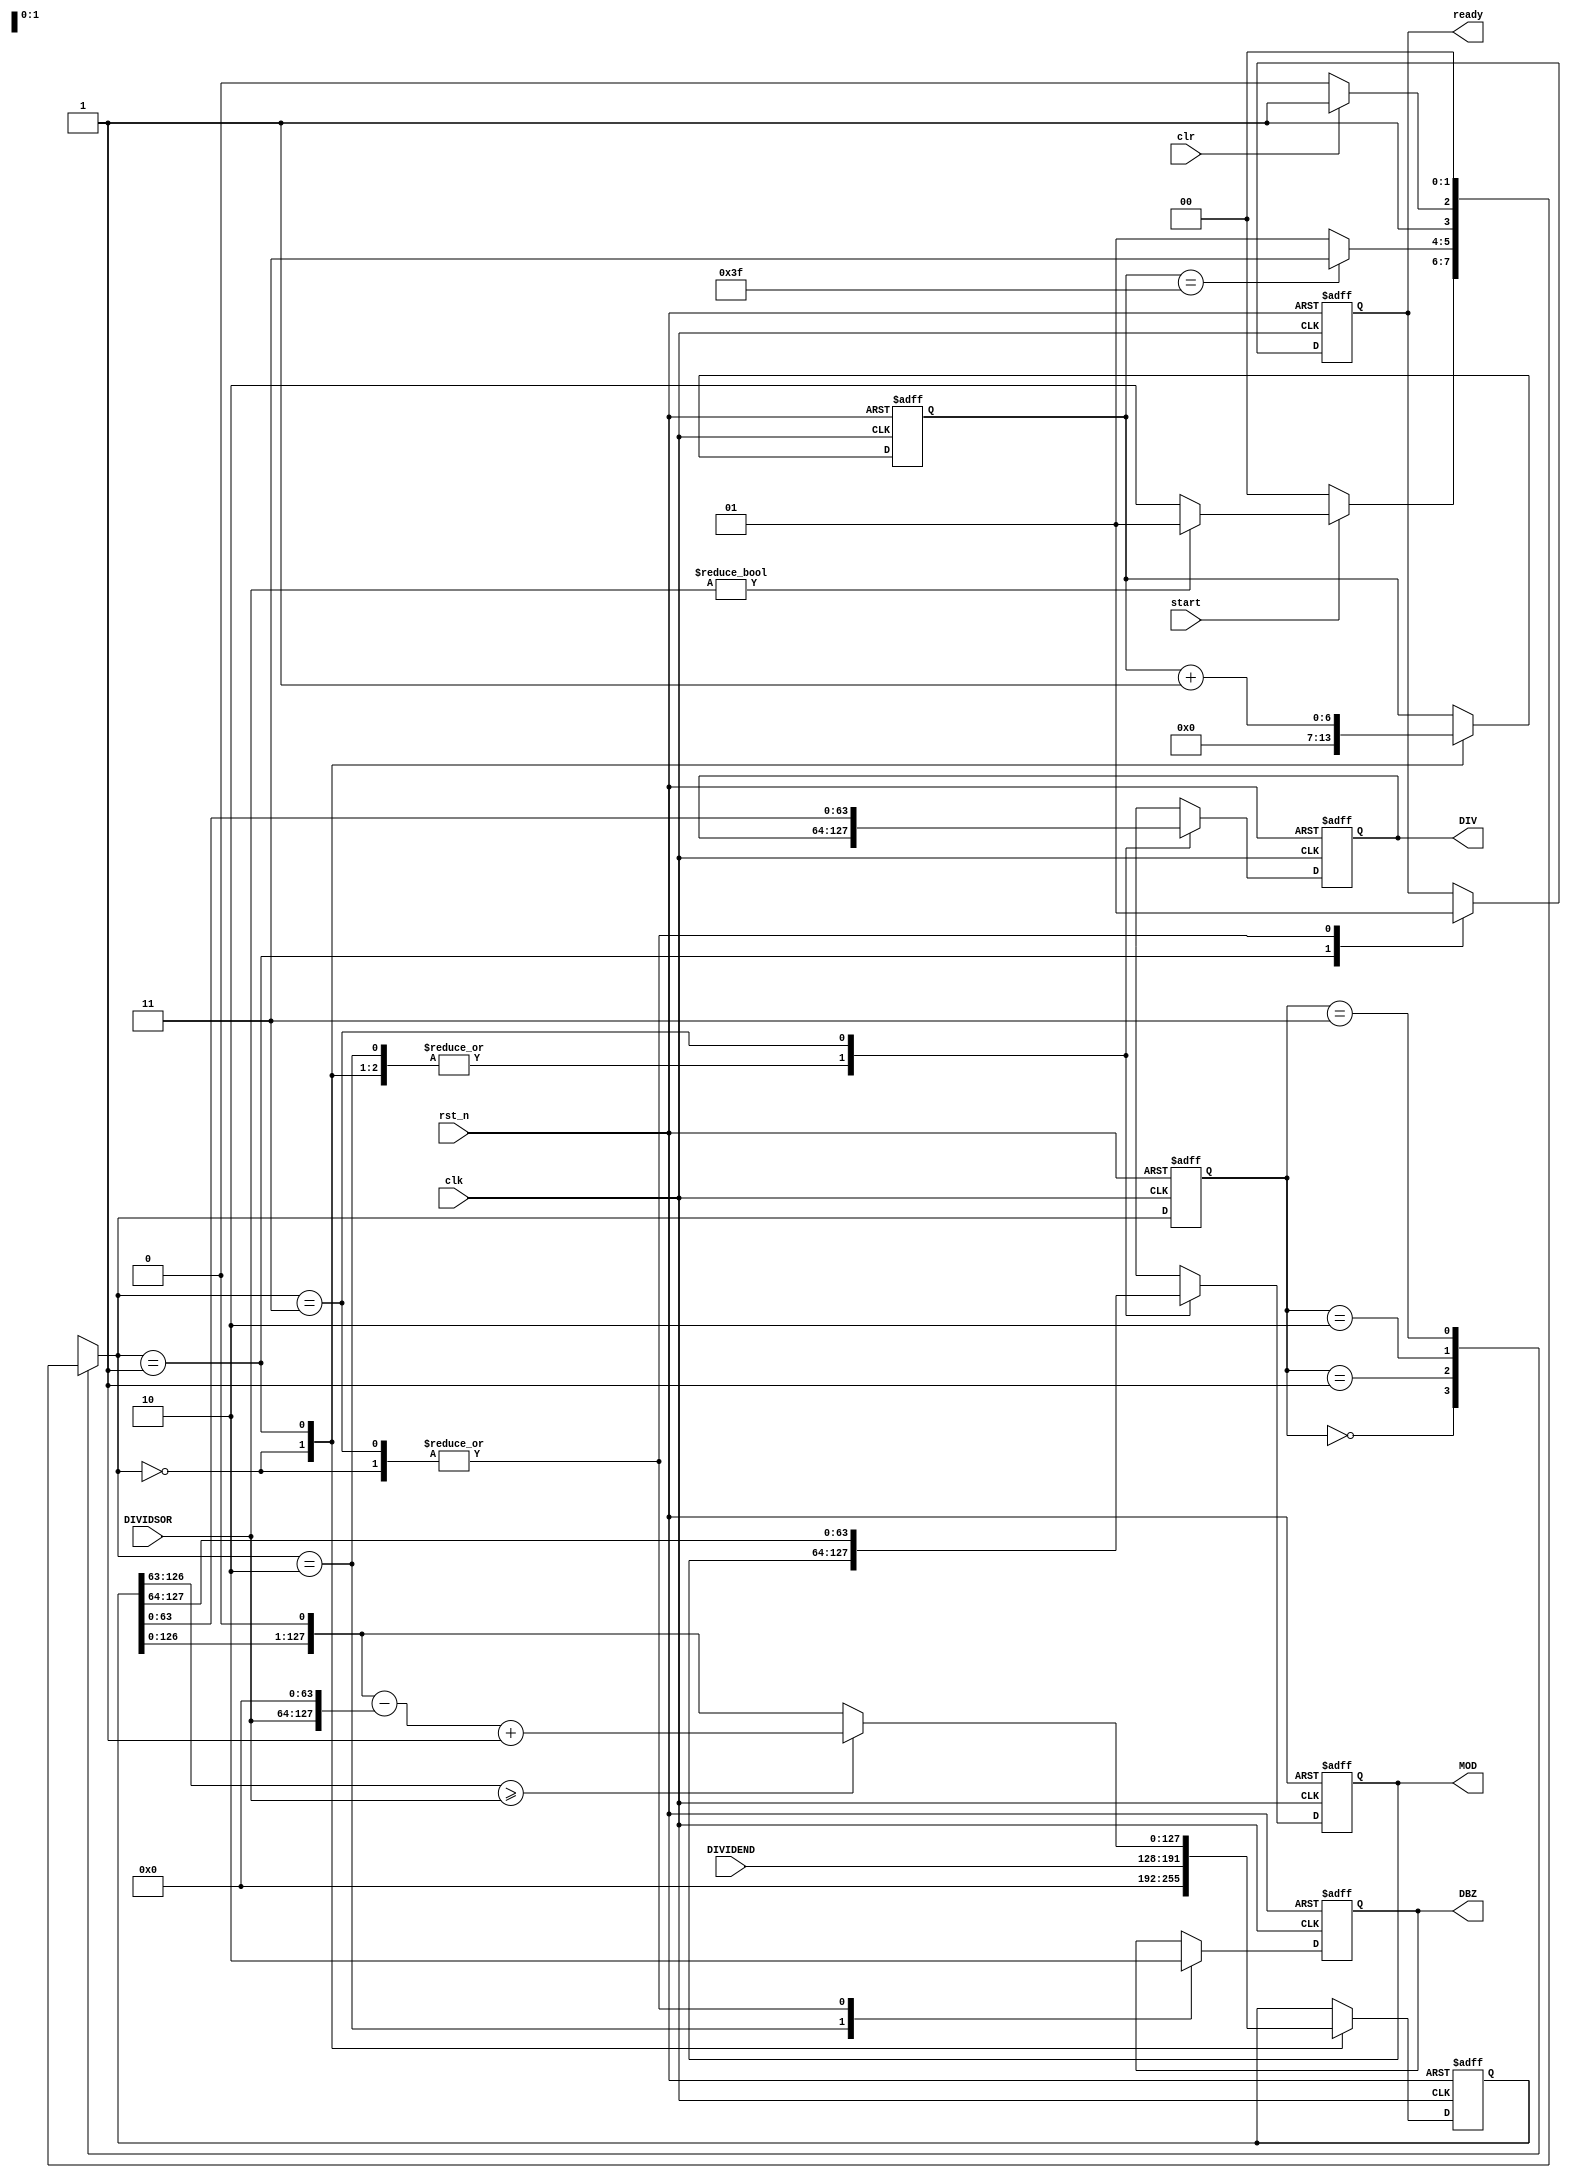

module MulCyc_Div
	(
	input clk,
	input rst_n,
	input [63:0]DIVIDEND,
	input [63:0]DIVIDSOR,
	input start,
	input clr, //Clear wire
	output reg[63:0]DIV,
	output reg[63:0]MOD,
	output reg DBZ, //Divide by zero
	output reg ready //Calculate done
	);
	parameter IDLE = 2'd0;
	parameter CALC = 2'd1;
	parameter ERR  = 2'd2;
	parameter DONE = 2'd3;
	reg [127:0]mid;
	reg [1:0]state;
	reg [6:0]SCNT;
	reg [1:0]next_state;
	always @(posedge clk or negedge rst_n)
	begin
		if(!rst_n)state<=0;
		else state=next_state;
	end
	always @(*)
	begin
		case(state)
		IDLE:
		begin
			if(start)
				if(DIVIDSOR!=0)next_state=CALC;
				else next_state=ERR;
			else next_state=IDLE;
		end
		CALC:
		begin
			if(SCNT==6'h3F)next_state=DONE;
			else next_state=CALC;
		end
		ERR:
		begin
			if(clr)next_state=DONE;
			else next_state=ERR;
		end
		DONE:
		begin
			next_state=IDLE;
		end
		endcase
		
	end
	wire [127:0]DVS;//divisor
	wire [127:0]mid_s;
	wire [127:0]mid_o;
	assign DVS={DIVIDSOR,64'h00000000};
	assign mid_s={mid[126:0],1'b0};
	assign mid_o=(mid_s[127:64]>=DIVIDSOR)?(mid_s-DVS+1):mid_s;
	
	always @(posedge clk or negedge rst_n)
	begin
		if(!rst_n)
		begin
			DIV<=0;
			MOD<=0;
			DBZ<=0;
			SCNT<=0;
			ready<=1;
			DIV<=0;
			MOD<=0;
			mid<=0;
		end
		else
			case(next_state)
			IDLE:
			begin
				mid<={64'h00000000,DIVIDEND};
				SCNT<=0;
				ready<=1;
				DBZ<=0;
			end
			CALC:
			begin
				ready<=0;
				SCNT<=SCNT+1;
				mid<=mid_o;
			end
			ERR:
			begin
				DBZ<=1;
			end
			DONE:
			begin
				DIV=mid[63:0];
				MOD=mid[127:64];
				ready<=1;
				DBZ<=0;
			end
			endcase
		
	end
endmodule